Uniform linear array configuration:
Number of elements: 16
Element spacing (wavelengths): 0.75
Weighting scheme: kaiser
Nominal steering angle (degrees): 60
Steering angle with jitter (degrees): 60.675
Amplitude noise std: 0.05
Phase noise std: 0.05

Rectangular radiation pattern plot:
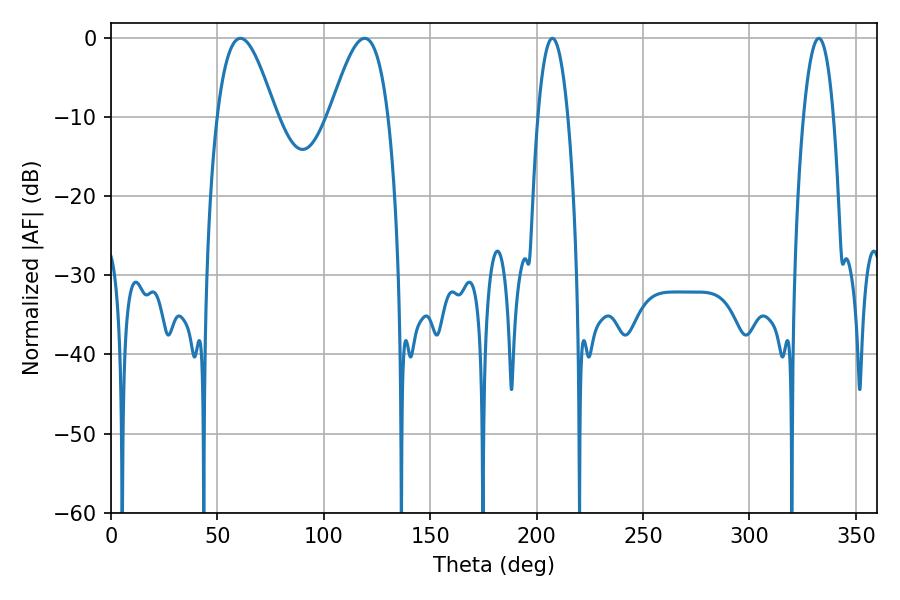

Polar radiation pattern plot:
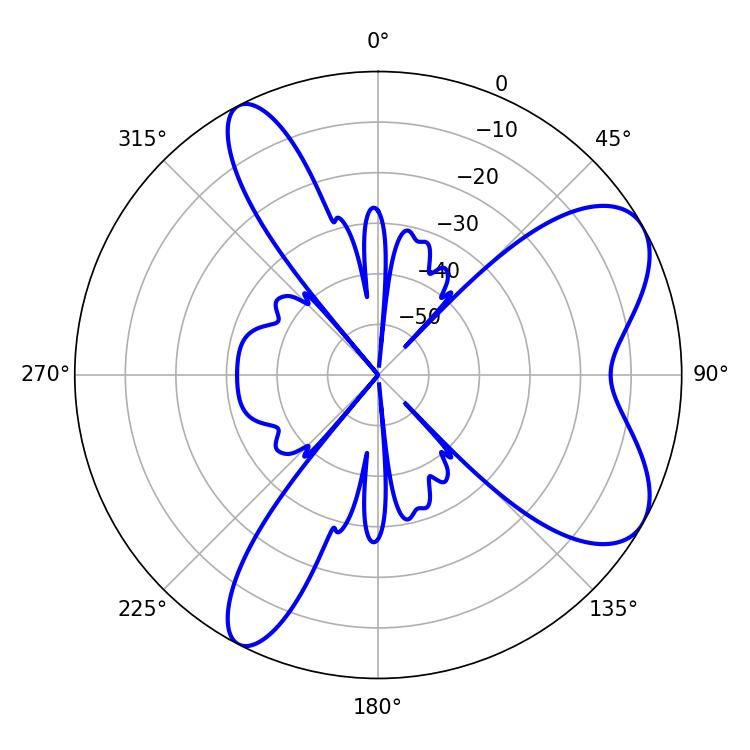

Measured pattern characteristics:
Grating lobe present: TRUE
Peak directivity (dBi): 7.243
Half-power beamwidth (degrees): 14.76
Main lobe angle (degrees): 60.84